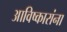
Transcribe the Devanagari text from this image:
आविष्कारांना